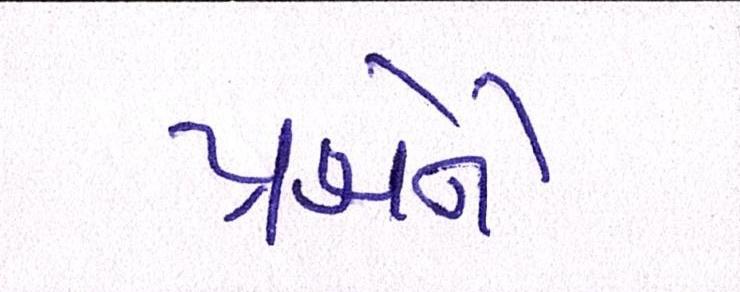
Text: પ્રશ્નોને